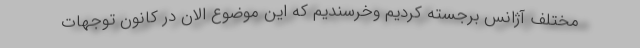
مختلف آژانس برجسته کردیم وخرسندیم که این موضوع الان در کانون توجهات